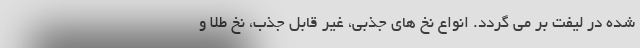
شده در لیفت بر می گردد. انواع نخ های جذبی، غیر قابل جذب، نخ طلا و